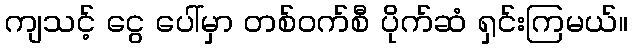
ကျသင့် ငွေ ပေါ်မှာ တစ်ဝက်စီ ပိုက်ဆံ ရှင်းကြမယ်။